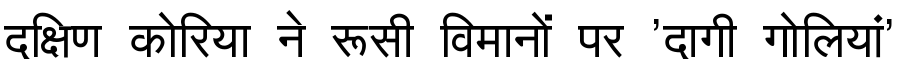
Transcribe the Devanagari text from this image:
दक्षिण कोरिया ने रूसी विमानों पर 'दागी गोलियां'